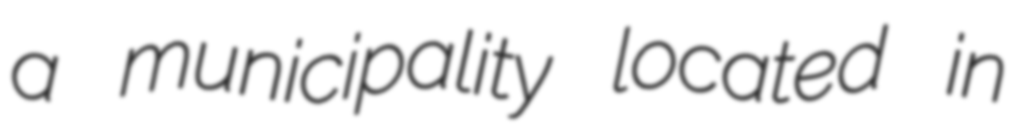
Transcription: a municipality located in